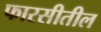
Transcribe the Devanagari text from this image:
फारसीतील